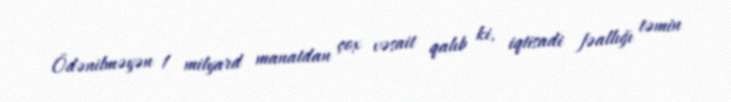
Ödənilməyən 1 milyard manatdan çox vəsait qalıb ki, iqtisadi fəallığı təmin